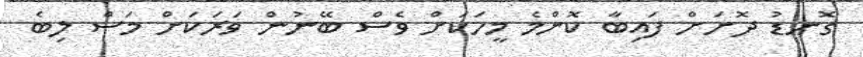
ގޮނޑު ދޮށަށް ފައިބާ ކޮންމެ މީހަކަށް ވެސް ބޭނުން ވަރަކަށް މަސް ލިބެ